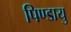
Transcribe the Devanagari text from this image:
पिण्डायु